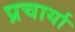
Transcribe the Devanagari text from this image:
प्रचार्या